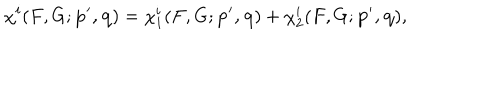
\chi ^ { i } ( F , G ; { \bf p ^ { \prime } , q } ) = \chi _ { 1 } ^ { i } ( F , G ; { \bf p ^ { \prime } , q } ) + \chi _ { 2 } ^ { i } ( F , G ; { \bf p ^ { \prime } , q } ) ,